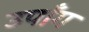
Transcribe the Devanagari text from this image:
उपाँग